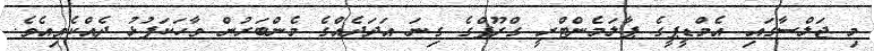
މި ޖަލްސާގައި އެމްޑީޕީގެ ޕާލަމެންޓްރީ ގްރޫޕްގެ ގިނަ އަދަދެއްގެ މެންބަރުން ވާހަކަފުޅު ދެއްކެވިއެވެ.